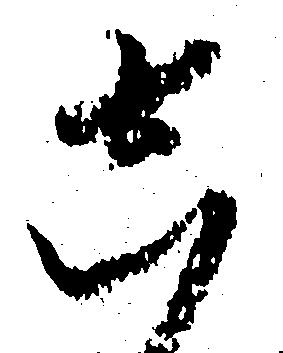
し